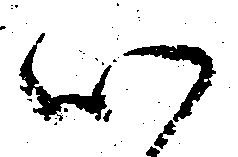
心